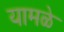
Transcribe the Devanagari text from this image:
यामळे